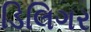
ડિલિગર